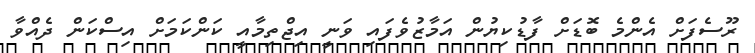
ރޫސެފަށް އެންމެ ބޮޑަށް ފާޑުކިޔުން އަމާޒުވެފައި ވަނީ އިޖްތިމާއީ ކަންކަމަށް އިސްކަން ދެއްވާ